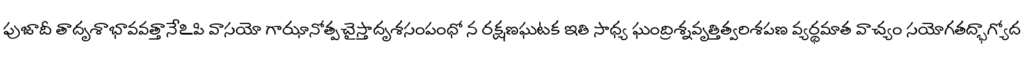
పుజాదీ తాదృశాభావవత్తానేఽపి వాసయో గాఝానోత్పచైస్తాదృశసంపంధో న రక్షణఘటక ఇతి సాధ్య ఘంద్రిశ్నవృత్తిత్వరిశపణ వ్యర్థమాత వాచ్యం సయోగతద్భాగ్యోద